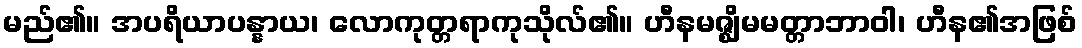
မည်၏။ အပရိယာပန္နာယ၊ လောကုတ္တရာကုသိုလ်၏။ ဟီနမဇ္ဈိမမတ္တာဘာဝါ၊ ဟီန၏အဖြစ်